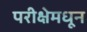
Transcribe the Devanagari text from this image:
परीक्षेमधून